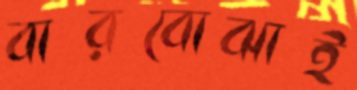
বারবোঝাই